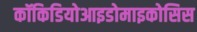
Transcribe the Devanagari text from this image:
कॉकिडियोआइडोमाइकोसिस